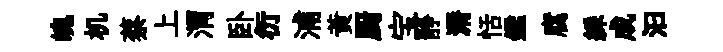
魄机蔡上渭卧衍浦黃厨宝静漘恬鑑腐綵成汩